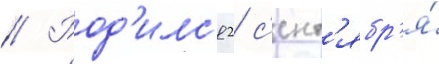
// Род'илс'я 2 с'ент'ябр'я́